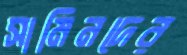
সামিনদের